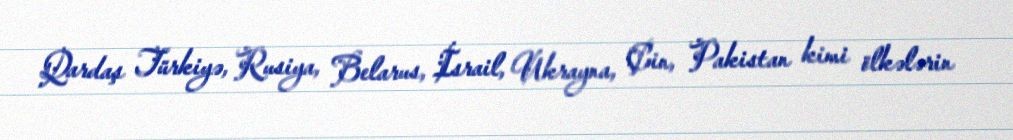
Qardaş Türkiyə, Rusiya, Belarus, İsrail, Ukrayna, Çin, Pakistan kimi ölkələrin